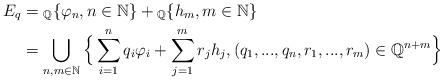
LaTeX: \begin{align*}E_q &= {_\mathbb{Q}}\{\varphi_n, n \in \mathbb{N}\} + {_\mathbb{Q}}\{h_m, m \in \mathbb{N}\} \\&= \bigcup_{n,m \in \mathbb{N}}\Big\{\sum_{i=1}^nq_i\varphi_i + \sum_{j=1}^m r_j h_j, (q_1,...,q_n,r_1,...,r_m)\in \mathbb{Q}^{n+m}\Big\} \end{align*}